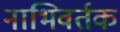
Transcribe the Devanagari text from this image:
नाभिवर्तक